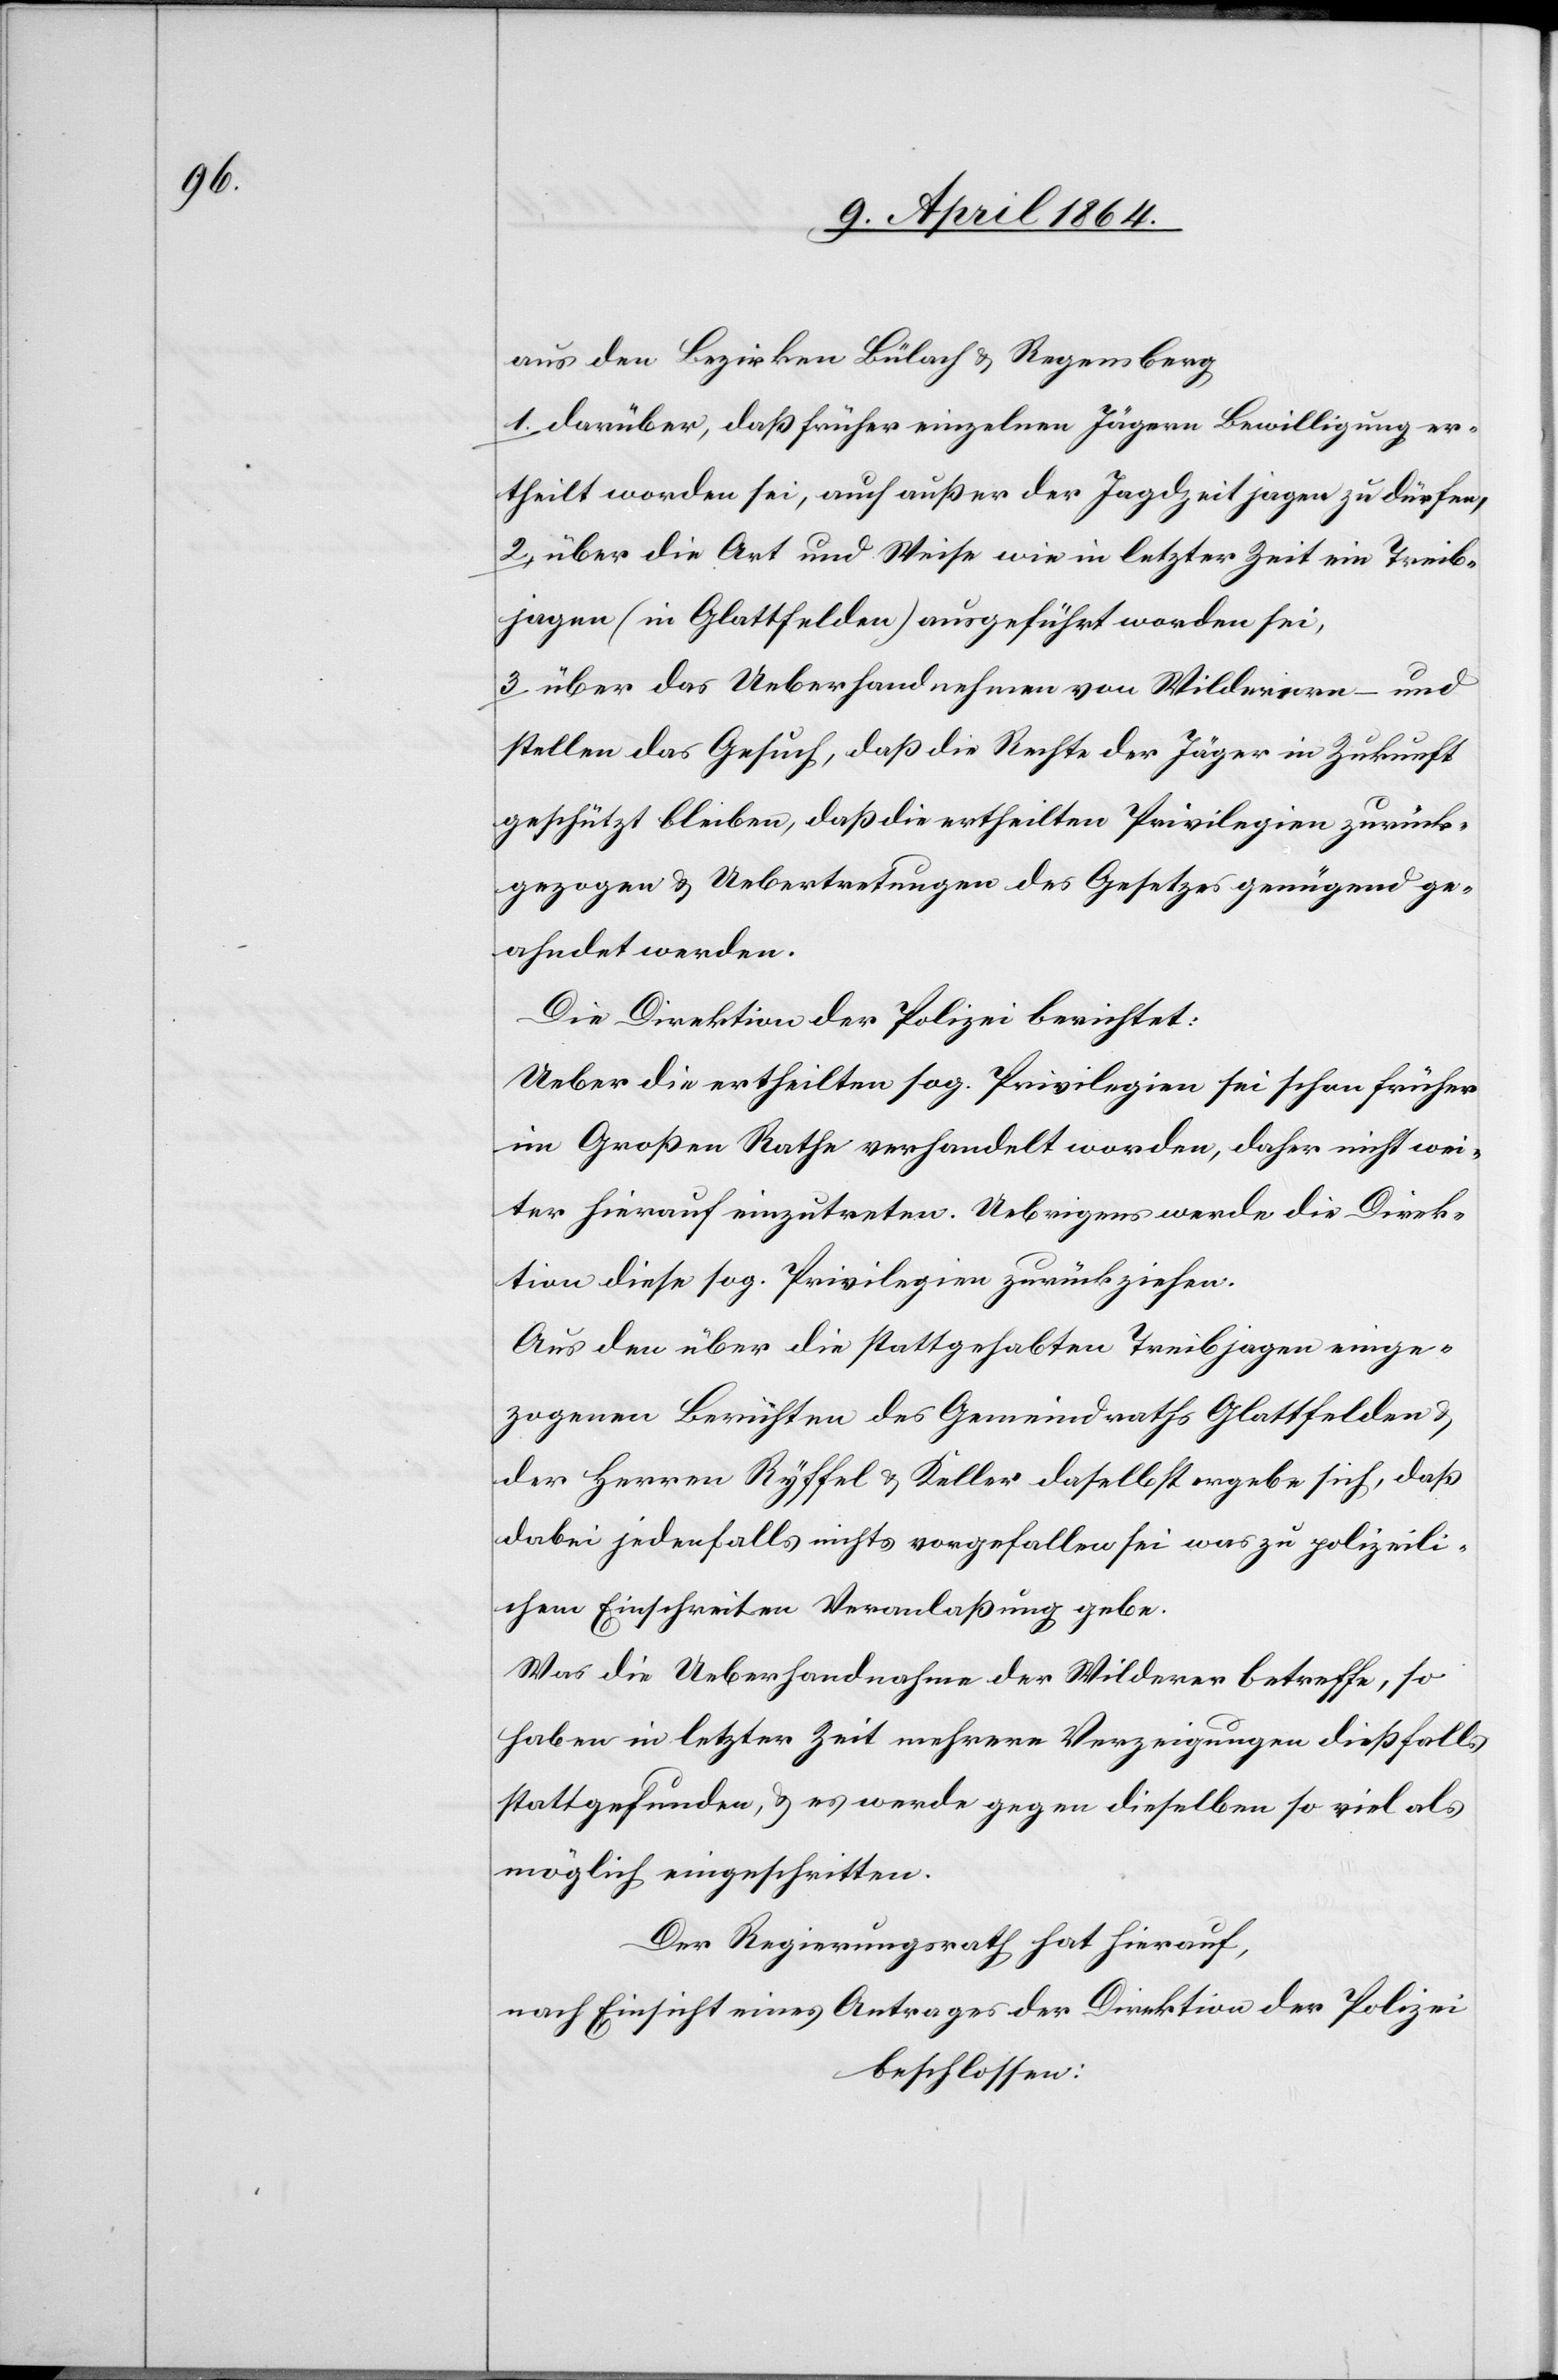
aus den Bezirken Bülach u. Regensberg
1. darüber, daß früher einzelnen Jägern Bewilligung er¬
theilt worden sei, auch außer der Jagdzeit jagen zu dürfen,
2. über die Art und Weise wie in letzter Zeit ein Treib¬
jagen (in Glattfelden) ausgeführt worden sei,
3. über das Ueberhandnehmen von Wilderern – und
stellen das Gesuch, daß die Rechte der Jäger in Zukunft
geschützt bleiben, daß die ertheilten Privilegien zurück¬
gezogen u. Uebertretungen des Gesetzes genügend ge¬
ahndet werden.
Die Direktion der Polizei berichtet:
Ueber die ertheilten sog. Privilegien sei schon früher
im Großen Rathe verhandelt worden, daher nicht wei¬
ter hierauf einzutreten. Uebrigens werde die Direk¬
tion diese sog. Privilegien zurückziehen.
Aus den über die stattgehabten Treibjagen einge¬
zogenen Berichten des Gemeindrathes Glattfelden
der Herren Ryffel u. Keller daselbst ergebe sich, daß
dabei jedenfalls nichts vorgefallen sei was zu polizeili¬
chem Einschreiten Veranlaßung gebe.
Was die Ueberhandnahme der Wilderer betreffe, so
haben in letzter Zeit mehrere Verzeigungen dießfalls
stattgefunden u. es werde gegen dieselben so viel als
möglich eingeschritten.
Der Regierungsrath hat hierauf,
nach Einsicht eines Antrages der Direktion der Polizei
beschlossen: